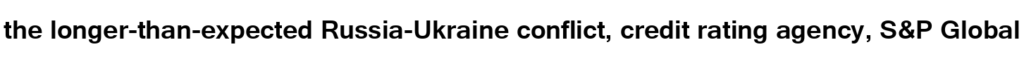
the longer-than-expected Russia-Ukraine conflict, credit rating agency, S&P Global